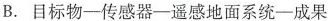
B.目标物一传感器-遥感地面系统-成果